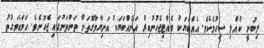
ލިބުނީ ކުއްލި ސިހުމެކެވެ. އެއްބަޔަކު ވެއްޓިޖެހުނުއިރު އަނެއްބަޔަކު އަނިޔާވާގޮތަށް ތަންތަނުގައި ޖެހުނެވެ. ހަމައެވަގުތު